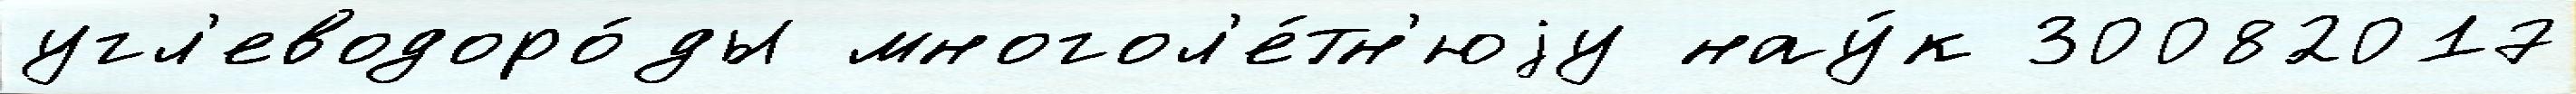
угл'еводоро́ды многол'е́тн'юjу нау́к 30082017